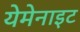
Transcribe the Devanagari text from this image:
येमेनाइट